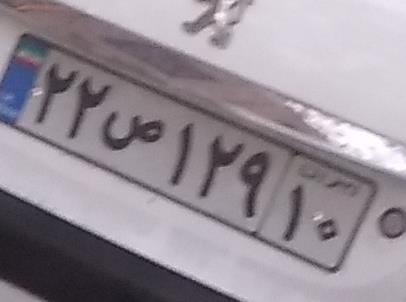
۲۲ص۱۲۹۱۰